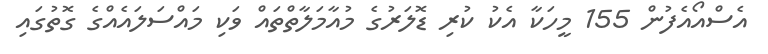
އެސްއޯއެފުން 155 މީހަކާ އެކު ކުރި ޑޮލަރުގެ މުއާމަލާތްތައް ވަކި މައްސަލައެއްގެ ގޮތުގައި